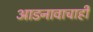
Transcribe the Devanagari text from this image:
आडनावाचाही